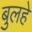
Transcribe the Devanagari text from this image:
बुलहे